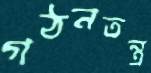
গঠনতন্ত্র